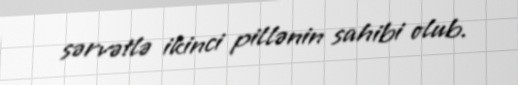
sərvətlə ikinci pillənin sahibi olub.